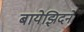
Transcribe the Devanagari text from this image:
बायेझिदने